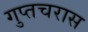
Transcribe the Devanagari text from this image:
गुप्तचरास